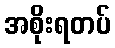
အစိုးရတပ်